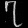
Digit: ၇